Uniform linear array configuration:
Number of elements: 16
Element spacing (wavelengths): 0.5
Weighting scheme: exponential
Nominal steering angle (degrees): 30
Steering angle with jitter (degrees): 31.085
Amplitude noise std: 0.05
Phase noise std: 0.05

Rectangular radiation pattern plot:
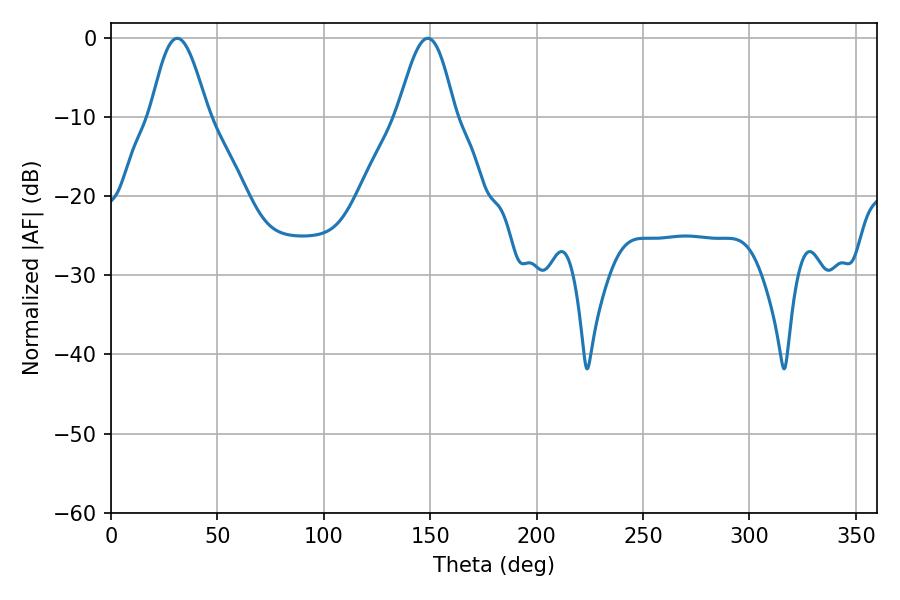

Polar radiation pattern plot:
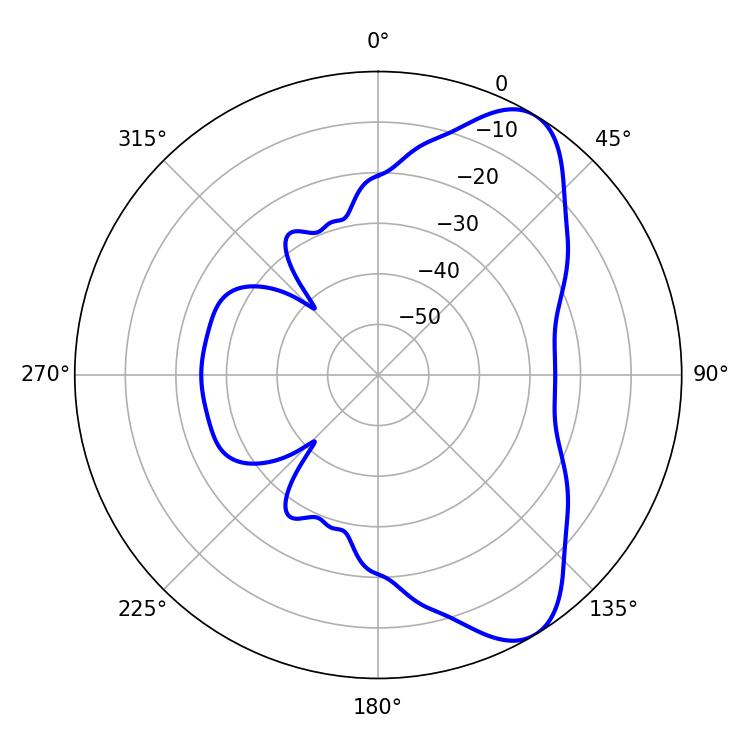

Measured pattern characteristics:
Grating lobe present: FALSE
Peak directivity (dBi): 8.077
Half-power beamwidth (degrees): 14.58
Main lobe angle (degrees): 31.14